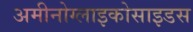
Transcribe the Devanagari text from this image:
अमीनोग्लाइकोसाइडस